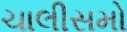
ચાલીસમો